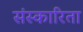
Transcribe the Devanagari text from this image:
संस्कारिता